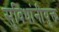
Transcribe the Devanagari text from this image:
सुविधांनीयुक्त